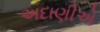
અદાણીએ